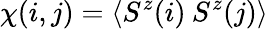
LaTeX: \chi(i,j)=\langle S^{z}(i)\: S^{z}(j)\rangle